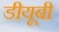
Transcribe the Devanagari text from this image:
डीयूबी